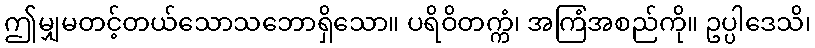
ဤမျှမတင့်တယ်သောသဘောရှိသော။ ပရိဝိတက္ကံ၊ အကြံအစည်ကို။ ဥပ္ပါဒေသိ၊